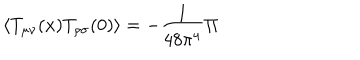
\langle T _ { \mu \nu } ( x ) T _ { \rho \sigma } ( 0 ) \rangle = - { \frac { 1 } { 4 8 \pi ^ { 4 } } } { \Pi }